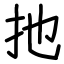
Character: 扡